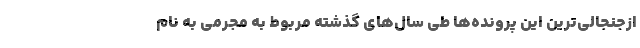
ازجنجالی‌ترین این پرونده‌ها طی سال‌های گذشته مربوط به مجرمی به نام